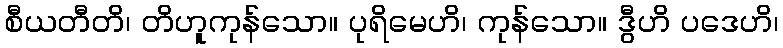
စီယတီတိ၊ တိဟူကုန်သော။ ပုရိမေဟိ၊ ကုန်သော။ ဒွီဟိ ပဒေဟိ၊